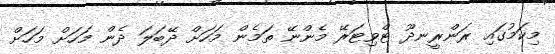
މިކަމުގައި ރަންރީނދޫ ޓްވިޓަރޭ މެންނޭ ތަމެން މަހަށް ދޭބަލަ ދެން މަހަށް މަހަށް